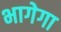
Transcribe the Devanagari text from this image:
भागेगा